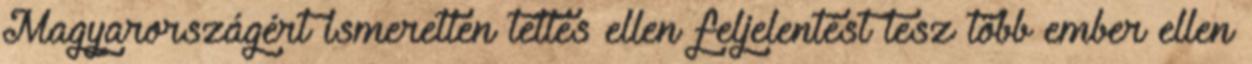
Magyarországért ismeretlen tettes ellen feljelentést tesz több ember ellen